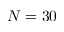
N = 3 0